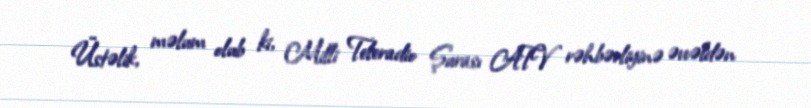
Üstəlik, məlum olub ki, Milli Teleradio Şurası ATV rəhbərliyinə əvvəldən